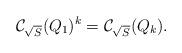
LaTeX: \begin{align*}\mathcal{C}_{\sqrt{S}}({Q}_1)^{k} = \mathcal{C}_{\sqrt{S}}({Q}_k).\end{align*}